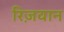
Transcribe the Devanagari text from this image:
रिज़वान